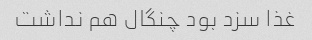
غذا سزد بود چنگال هم نداشت